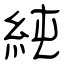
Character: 純